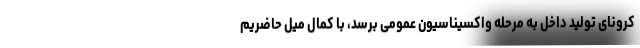
کرونای تولید داخل به مرحله واکسیناسیون عمومی برسد، با کمال میل حاضریم